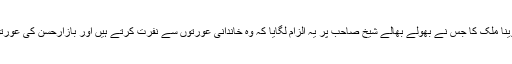
بیڑا غرق ہو اس وینا ملک کا جس نے بھولے بھالے شیخ صاحب پر یہ الزام لگایا کہ وہ خاندانی عورتوں سے نفرت کرتے ہیں اور بازارحسن کی عورتوں کے دلدادہ ہیں۔